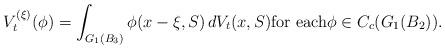
LaTeX: \begin{align*}V_t^{(\xi)}(\phi)=\int_{G_1(B_3)}\phi(x-\xi,S)\, dV_t(x,S) \mbox{for each} \phi\in C_c(G_1(B_2)).\end{align*}